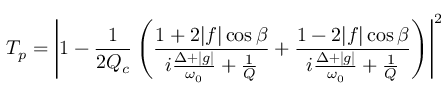
T _ { p } = \left| 1 - \frac { 1 } { 2 Q _ { c } } \left( \frac { 1 + 2 | f | \cos \beta } { i \frac { \Delta + | g | } { \omega _ { 0 } } + \frac { 1 } { Q } } + \frac { 1 - 2 | f | \cos \beta } { i \frac { \Delta + | g | } { \omega _ { 0 } } + \frac { 1 } { Q } } \right) \right| ^ { 2 }